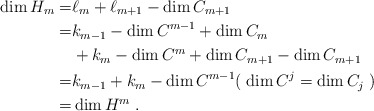
\begin{align*} \dim H_{m} =& \ell_{m} + \ell_{m+1} - \dim C_{m+1} \\ =& k_{m-1} - \dim C^{m-1} + \dim C_{m} \\& + k_{m} - \dim C^{m} + \dim C_{m+1} - \dim C_{m+1} \\ =& k_{m-1} + k_{m} - \dim C^{m-1} ( \; \dim C^j= \dim C_j \;)\\ =& \dim H^{m} \;. \end{align*}